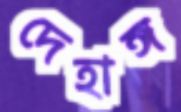
দেহাঙ্গ